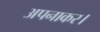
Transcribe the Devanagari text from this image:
अपनाकर।